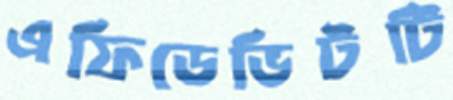
এফিডেভিটটি